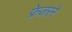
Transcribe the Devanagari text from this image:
फ्रेजरने